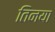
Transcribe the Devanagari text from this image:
तिनया